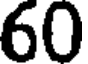
60